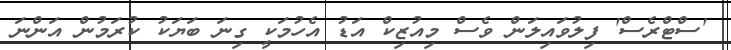
'ސްޓްރެސް' ފިލުވައިލަން ވެސް މިއުޒިކް އަޑު އެހުމަކީ ގިނަ ބަޔަކު ކުރަމުން އަންނަ